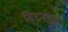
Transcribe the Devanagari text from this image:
विघ्नांचा